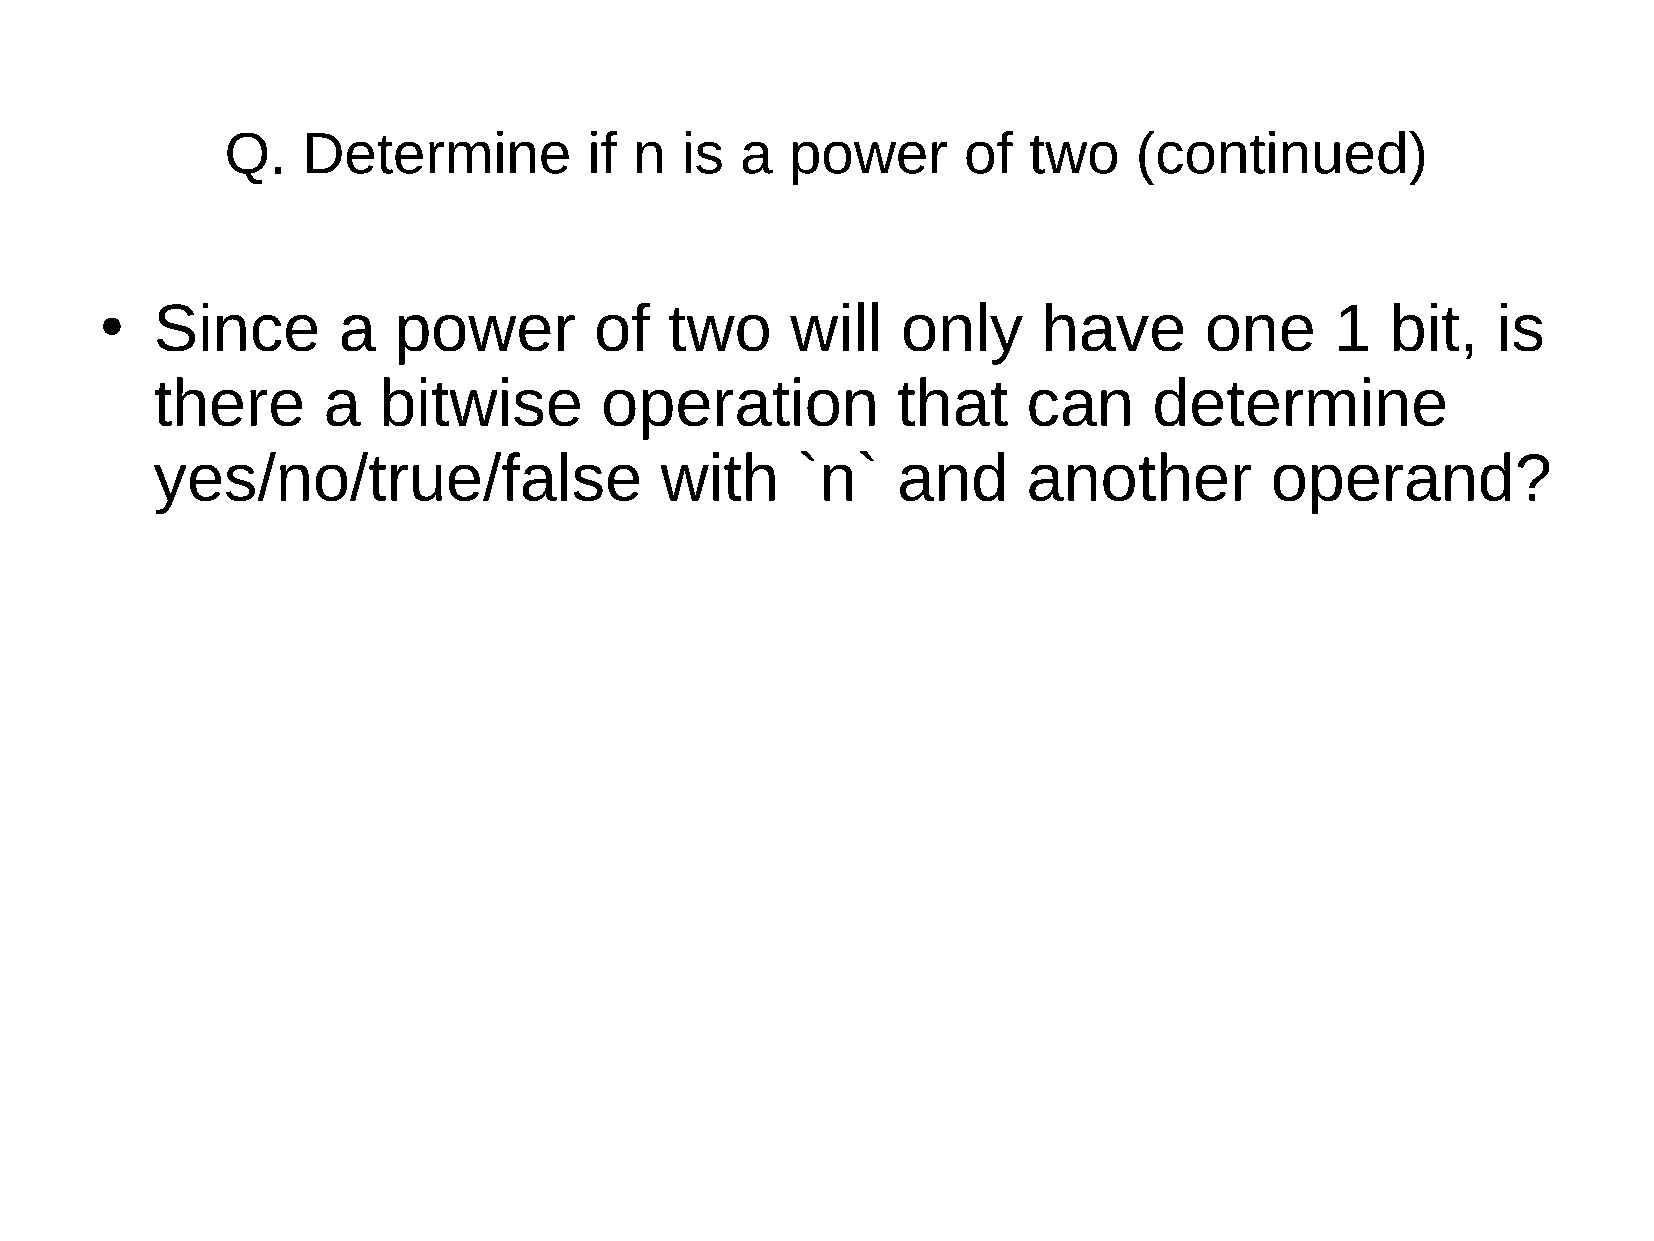
Q.   Determine          if n  is  a  power       of  two    (continued)
 Since       a   power        of   two     will    only     have       one     1   bit,   is
 ●
 there      a   bitwise        operation          that     can     determine
 yes/no/true/false                 with     `n`   and      another         operand?